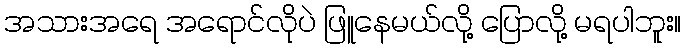
အသားအရေ အရောင်လိုပဲ ဖြူနေမယ်လို့ ပြောလို့ မရပါဘူး။